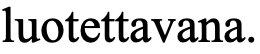
luotettavana.